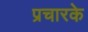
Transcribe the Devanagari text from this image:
प्रचारके